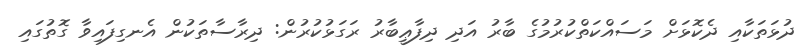
ދުޅަތަކާއި ދެކޮޅަށް މަސައްކަތްކުރުމުގެ ބާރު އަދި ދިފާޢީބާރު ރަގަޅުކުރުން: ދިރާސާތަކުން އެނގިފައިވާ ގޮތުގައި